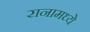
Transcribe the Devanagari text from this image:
रानामध्ये